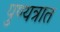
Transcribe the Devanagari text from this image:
पुण्यत्रात